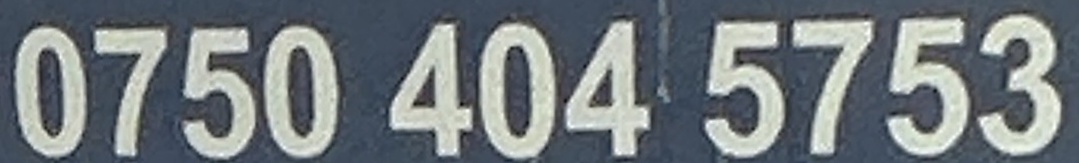
0750 404 5753